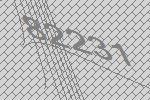
82231